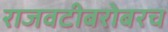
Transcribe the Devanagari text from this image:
राजवटीबरोबरच